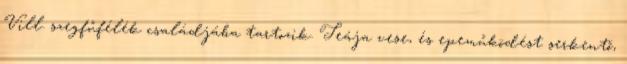
Vill. szegfűfélék családjába tartozik. Teája vese, és epeműködést serkentő,